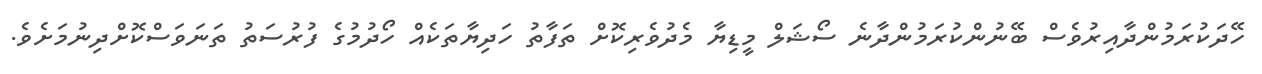
ހޭދަކުރަމުންދާއިރުވެސް ބޭނުންކުރަމުންދާނެ ސޯޝަލް މީޑިޔާ މެދުވެރިކޮށް ތަފާތު ހަދިޔާތަކެއް ހޯދުމުގެ ފުރުސަތު ތަނަވަސްކޮށްދިނުމަށެވެ.